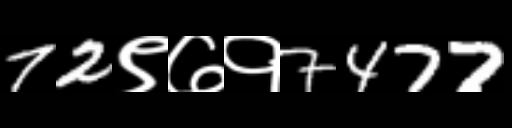
Text: 72९७१7477